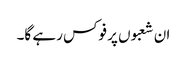
ان شعبوں پر فوکس رہے گا۔